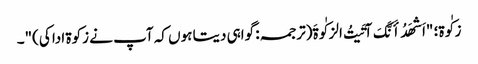
زکٰوۃ؛ "اَشهَدُ أَنَّکَ آتَیتُ الزکٰوةَ(ترجمہ: گواہی دیتا ہوں کہ آپ نے زکوۃ ادا کی)"۔